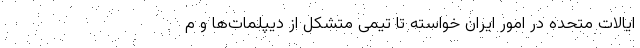
ایالات متحده در امور ایران خواسته تا تیمی متشکل از دیپلمات‌ها و م